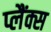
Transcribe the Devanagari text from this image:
प्लैंक्स